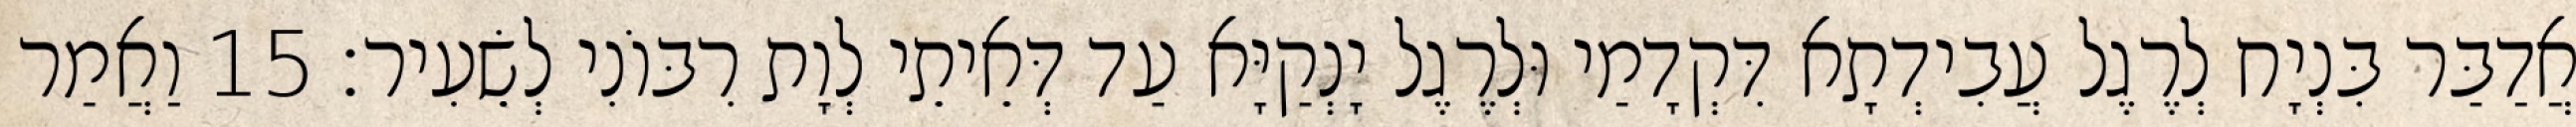
אֲדַבַּר בִּנְיָח לְרֶגֶל עֲבִידְתָא דִּקְדָמַי וּלְרֶגֶל יָנְקַיָּא עַד דְּאֵיתֵי לְוָת רִבּוֹנִי לְשֵׂעִיר׃ 15 וַאֲמַר